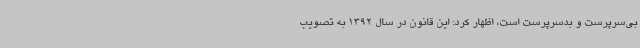
بی‌سرپرست و بدسرپرست است، اظهار کرد: این قانون در سال 1392 به تصویب